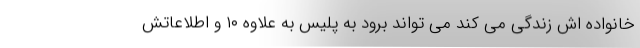
خانواده اش زندگی می کند می تواند برود به پلیس به علاوه ۱۰ و اطلاعاتش